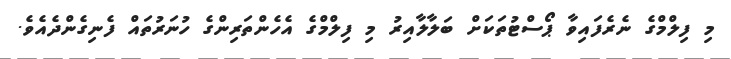
މި ފިލްމްގެ ނެރެފައިވާ ޕޯސްޓުތަކަށް ބަލާލާއިރު މި ފިލްމްގެ އެހެންތަރިންގެ ހުނަރުތައް ފެނިގެންދެއެވެ.